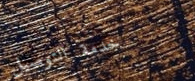
خدمة التوصيل